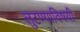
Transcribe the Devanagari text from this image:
लुटण्याविषयी